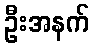
ဦးအနက်